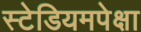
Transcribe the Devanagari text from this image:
स्टेडियमपेक्षा